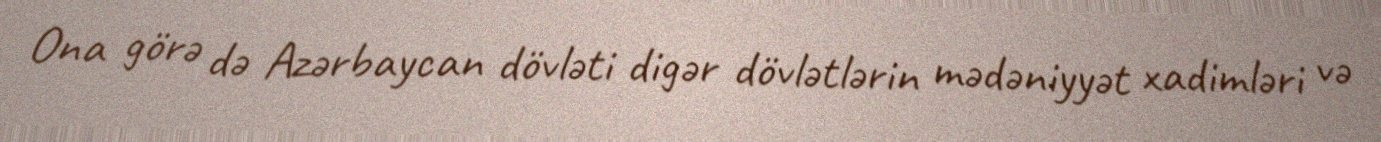
Ona görə də Azərbaycan dövləti digər dövlətlərin mədəniyyət xadimləri və